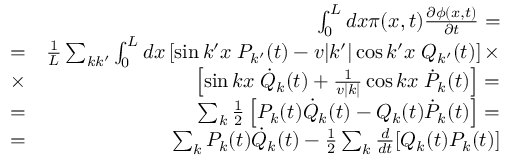
\begin{array} { r l r } & { } & { \ \int _ { 0 } ^ { L } d x \pi ( x , t ) \frac { \partial \phi ( x , t ) } { \partial t } = } \\ & { = } & { \frac { 1 } { L } \sum _ { k k ^ { \prime } } \int _ { 0 } ^ { L } d x \left[ \sin k ^ { \prime } x \; P _ { k ^ { \prime } } ( t ) - v | k ^ { \prime } | \cos k ^ { \prime } x \; Q _ { k ^ { \prime } } ( t ) \right] \times } \\ & { \times } & { \left[ \sin k x \; \dot { Q } _ { k } ( t ) + \frac { 1 } { v | k | } \cos k x \; \dot { P } _ { k } ( t ) \right] = } \\ & { = } & { \sum _ { k } \frac { 1 } { 2 } \left[ P _ { k } ( t ) \dot { Q } _ { k } ( t ) - Q _ { k } ( t ) \dot { P } _ { k } ( t ) \right] = } \\ & { = } & { \sum _ { k } P _ { k } ( t ) \dot { Q } _ { k } ( t ) - \frac { 1 } { 2 } \sum _ { k } \frac { d } { d t } [ Q _ { k } ( t ) P _ { k } ( t ) ] } \end{array}